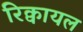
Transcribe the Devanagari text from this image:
रिक्वायल